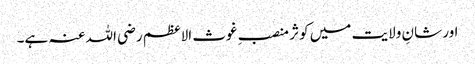
اور شانِ ولایت میں کوثر منصبِ غوث الاعظم رضی اللہ عنہ ہے۔